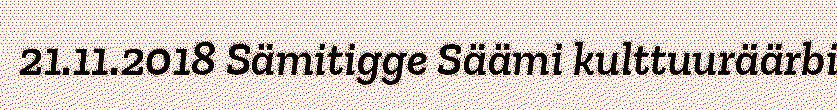
21.11.2018 Sämitigge Säämi kulttuuräärbi